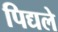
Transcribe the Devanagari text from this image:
पिद्यले